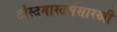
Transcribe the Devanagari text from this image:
टोस्टमास्टर्ससारखी